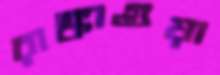
রাঙ্কাগুয়া